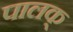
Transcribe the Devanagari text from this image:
पालक्